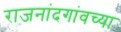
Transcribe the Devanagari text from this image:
राजनांदगांवच्या